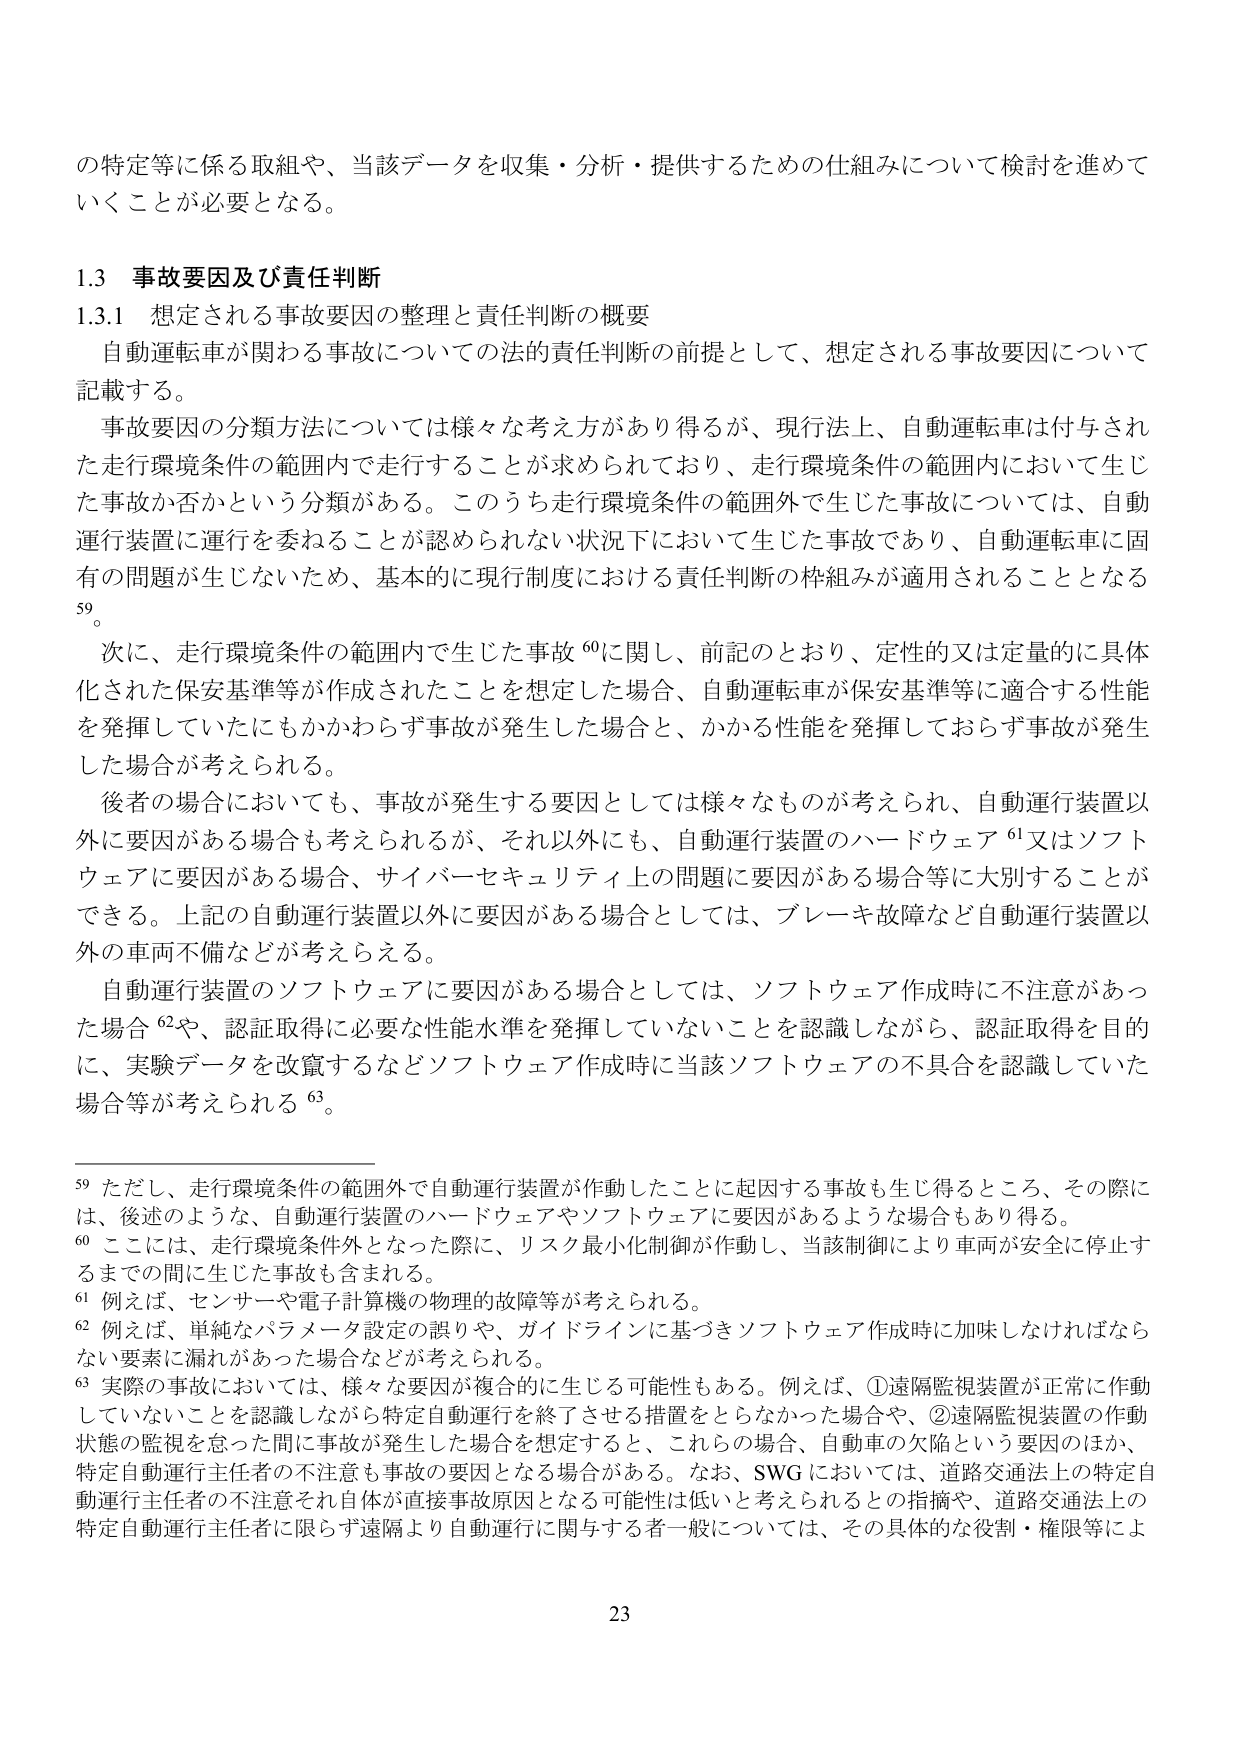
の特定等に係る取組や、当該データを収集・分析・提供するための仕組みについて検討を進めていくことが必要となる。

1.3 事故要因及び責任判断

1.3.1 想定される事故要因の整理と責任判断の概要

自動運転車が関わる事故についての法的責任判断の前提として、想定される事故要因について記載する。

事故要因の分類方法については様々な考え方があり得るが、現行法上、自動運転車は付与された走行環境条件の範囲内で走行することが求められており、走行環境条件の範囲内において生じた事故か否かという分類がある。このうち走行環境条件の範囲外で生じた事故については、自動運行装置に運行を委ねることが認められない状況下において生じた事故であり、自動運転車に固有の問題が生じないため、基本的に現行制度における責任判断の枠組みが適用されることとなる59。

次に、走行環境条件の範囲内で生じた事故60に関し、前記のとおり、定性的又は定量的に具体化された保安基準等が作成されたことを想定した場合、自動運転車が保安基準等に適合する性能を発揮していたにもかかわらず事故が発生した場合と、かかる性能を発揮しておらず事故が発生した場合が考えられる。

後者の場合においても、事故が発生する要因としては様々なものが考えられ、自動運行装置以外に要因がある場合も考えられるが、それ以外にも、自動運行装置のハードウェア61又はソフトウェアに要因がある場合、サイバーセキュリティ上の問題に要因がある場合等に大別することができる。上記の自動運行装置以外に要因がある場合としては、ブレーキ故障など自動運行装置以外の車両不備などが考えられる。

自動運行装置のソフトウェアに要因がある場合としては、ソフトウェア作成時に不注意があった場合62や、認証取得に必要な性能水準を発揮していないことを認識しながら、認証取得を目的に、実験データを改竄するなどソフトウェア作成時に当該ソフトウェアの不具合を認識していた場合等が考えられる63。

59 ただし、走行環境条件の範囲外で自動運行装置が作動したことに起因する事故も生じ得るところ、その際には、後述のような、自動運行装置のハードウェアやソフトウェアに要因があるような場合もあり得る。

60 ここには、走行環境条件外となった際に、リスク最小化制御が作動し、当該制御により車両が安全に停止するまでの間に生じた事故も含まれる。

61 例えば、センサーや電子計算機の物理的故障等が考えられる。

62 例えば、単純なパラメータ設定の誤りや、ガイドラインに基づきソフトウェア作成時に加味しなければならない要素に漏れがあった場合などが考えられる。

63 実際の事故においては、様々な要因が複合的に生じる可能性もある。例えば、①遠隔監視装置が正常に作動していないことを認識しながら特定自動運行を終了させる措置をとらなかった場合や、②遠隔監視装置の作動状態の監視を怠った間に事故が発生した場合を想定すると、これらの場合、自動車の欠陥という要因のほか、特定自動運行主任者の不注意も事故の要因となる場合がある。なお、SWGにおいては、道路交通法上の特定自動運行主任者の不注意それ自体が直接事故原因となる可能性は低いと考えられるとの指摘や、道路交通法上の特定自動運行主任者に限らず遠隔より自動運行に関与する者一般については、その具体的な役割・権限等によ

23